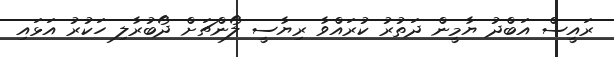
ރައީސް އަބްދު ޔާމީން ދަތުރު ކުރައްވާ ރިޔާސީ ލޯންޗަށް ދޯބުރާލި ހަކުރު އަޅައި